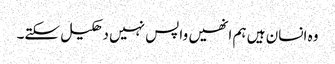
وہ انسان ہیں ہم انھیں واپس نہیں دھکیل سکتے۔